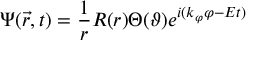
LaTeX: \Psi ( \vec { r } , t ) = \frac 1 r R ( r ) \Theta ( \vartheta ) e ^ { i ( k _ { \varphi } \varphi - E t ) }